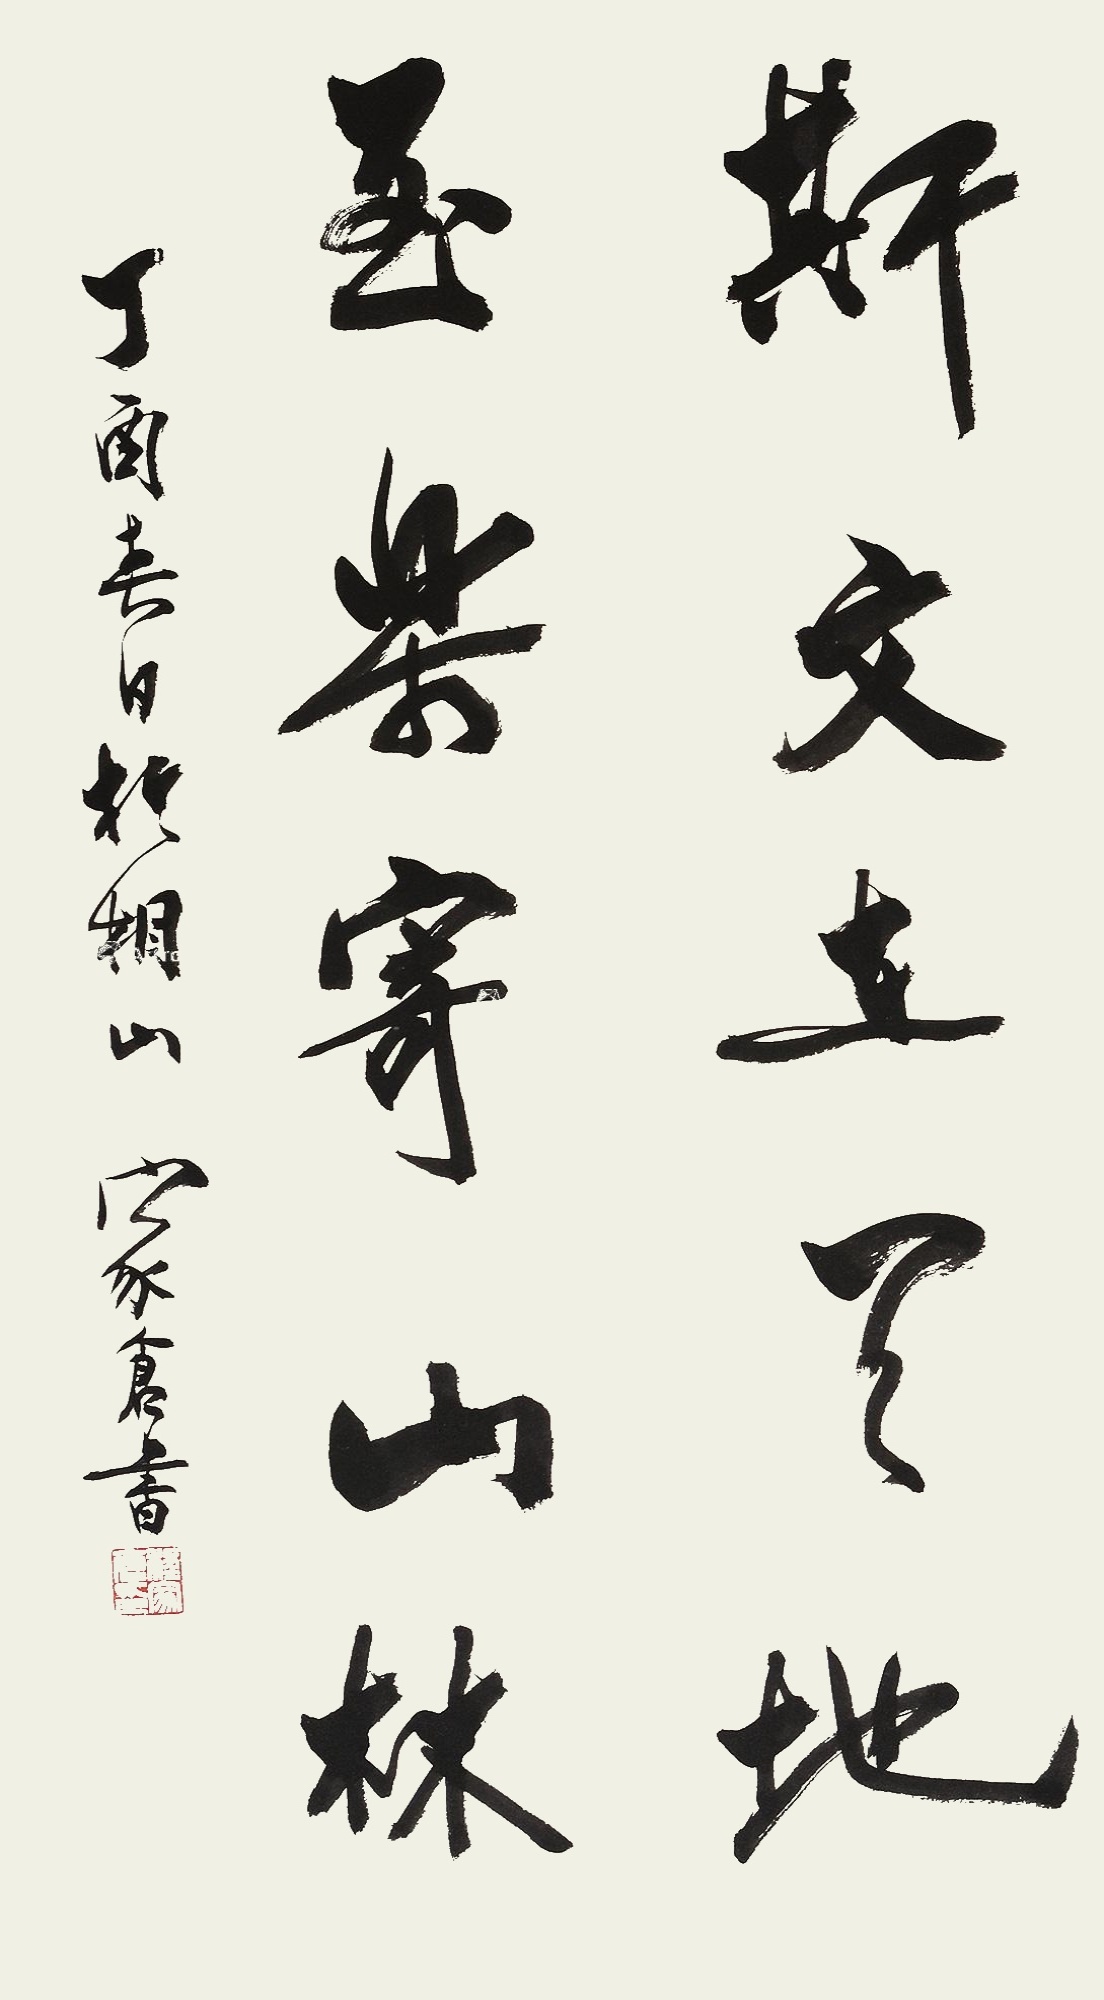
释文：斯文在天地，至乐寄山林。丁酉春日于相山，家仓书。